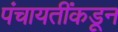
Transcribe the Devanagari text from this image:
पंचायतींकडून